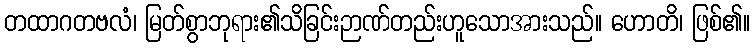
တထာဂတဗလံ၊ မြတ်စွာဘုရား၏သိခြင်းဉာဏ်တည်းဟူသောအားသည်။ ဟောတိ၊ ဖြစ်၏။